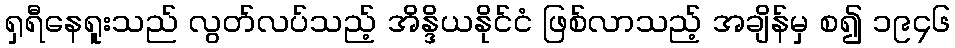
ရှရီနေရူးသည် လွတ်လပ်သည့် အိန္ဒိယနိုင်ငံ ဖြစ်လာသည့် အချိန်မှ စ၍ ၁၉၄၆